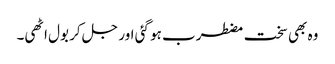
وہ بھی سخت مضطرب ہو گئی اور جل کر بول اٹھی۔